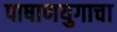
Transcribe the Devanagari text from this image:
पाषाणयुगाचा